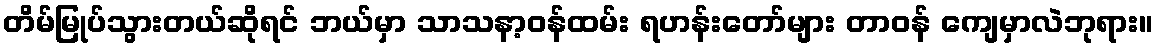
တိမ်မြုပ်သွားတယ်ဆိုရင် ဘယ်မှာ သာသနာ့ဝန်ထမ်း ရဟန်းတော်များ တာဝန် ကျေမှာလဲဘုရား။